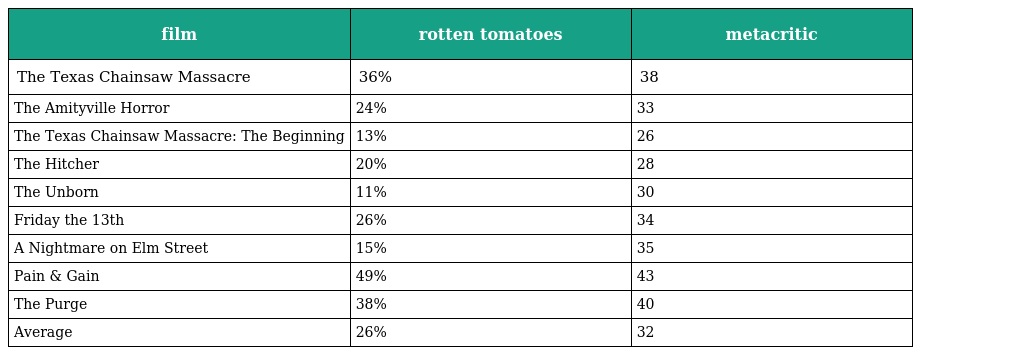
| film | rotten tomatoes | metacritic |
 | --- | --- | --- |
 | The Texas Chainsaw Massacre | 36% | 38 |
 | The Amityville Horror | 24% | 33 |
 | The Texas Chainsaw Massacre: The Beginning | 13% | 26 |
 | The Hitcher | 20% | 28 |
 | The Unborn | 11% | 30 |
 | Friday the 13th | 26% | 34 |
 | A Nightmare on Elm Street | 15% | 35 |
 | Pain & Gain | 49% | 43 |
 | The Purge | 38% | 40 |
 | Average | 26% | 32 |